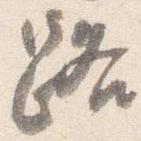
路